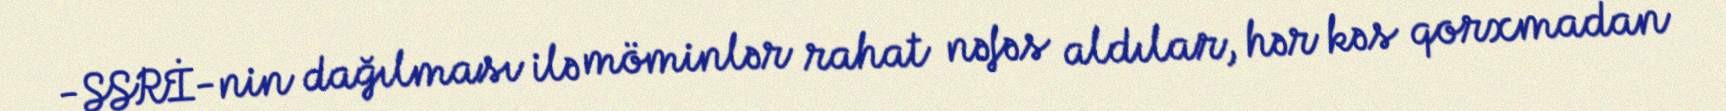
-SSRİ-nin dağılması ilə möminlər rahat nəfəs aldılar, hər kəs qorxmadan